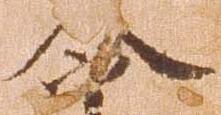
令